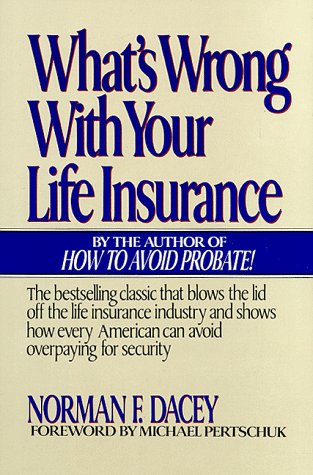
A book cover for What's Wrong With Your Life Insurance; Norman F. Dacey; Business & Money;